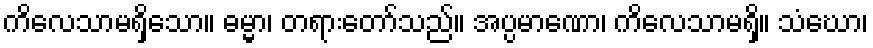
ကိလေသာမရှိသော။ ဓမ္မာ၊ တရားတော်သည်။ အပ္ပမာဏော၊ ကိလေသာမရှိ။ သံဃော၊